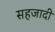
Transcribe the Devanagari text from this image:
सहजादी